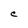
Character: C